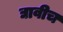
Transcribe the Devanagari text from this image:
द्यावीच